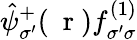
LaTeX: \hat{\psi}_{\sigma^{\prime}}^{+}(\mathrm{~\mathbf~r~})f_{\sigma^{\prime}\sigma}^{(1)}